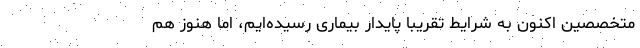
متخصصین اکنون به شرایط تقریبا پایدار بیماری رسیده‌ایم، اما هنوز هم